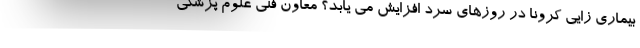
بیماری زایی کرونا در روزهای سرد افزایش می یابد؟ معاون فنی علوم پزشکی